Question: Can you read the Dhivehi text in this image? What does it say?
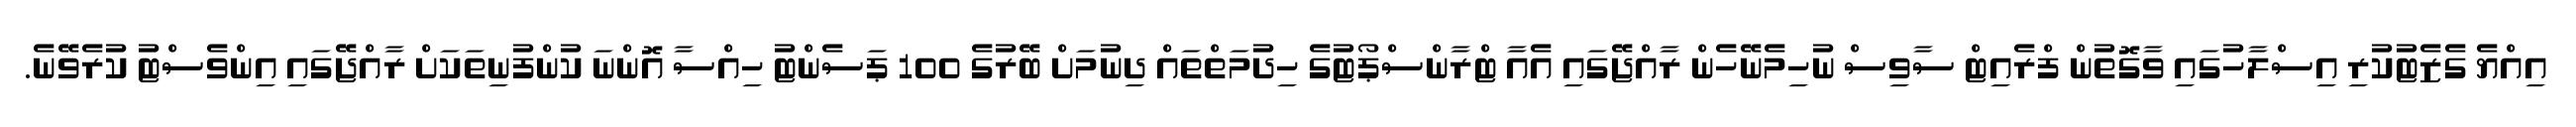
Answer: އިއްޔެ ގެޒެޓުކުރި އިސްލާހުގައި ވާގޮތުން ފްރެއިޓް ސާވިސް ނުހިމެނޭހެން ރާއްޖޭގައި އެއާ ޓްރާންސްޕޯޓުގެ ހިދުމަތްތައް ދިނުމަށް ބޭރުގެ 100 ޕަސެންޓު ހިއްސާ އޮންނަ ކުންފުނިތަކަށް ރާއްޖޭގައި އިންވެސްޓު ކުރެވޭނެ.